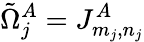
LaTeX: \tilde{\Omega}_{j}^{A}=J_{m_{j},n_{j}}^{A}